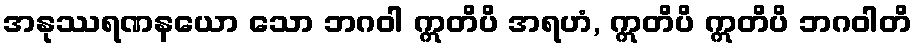
အနုဿရဏနယော သော ဘဂဝါ ဣတိပိ အရဟံ, ဣတိပိ ဣတိပိ ဘဂဝါတိ